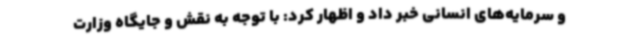
و سرمایه‌های انسانی خبر داد و اظهار کرد: با توجه به نقش و جایگاه وزارت